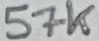
Text: 57K